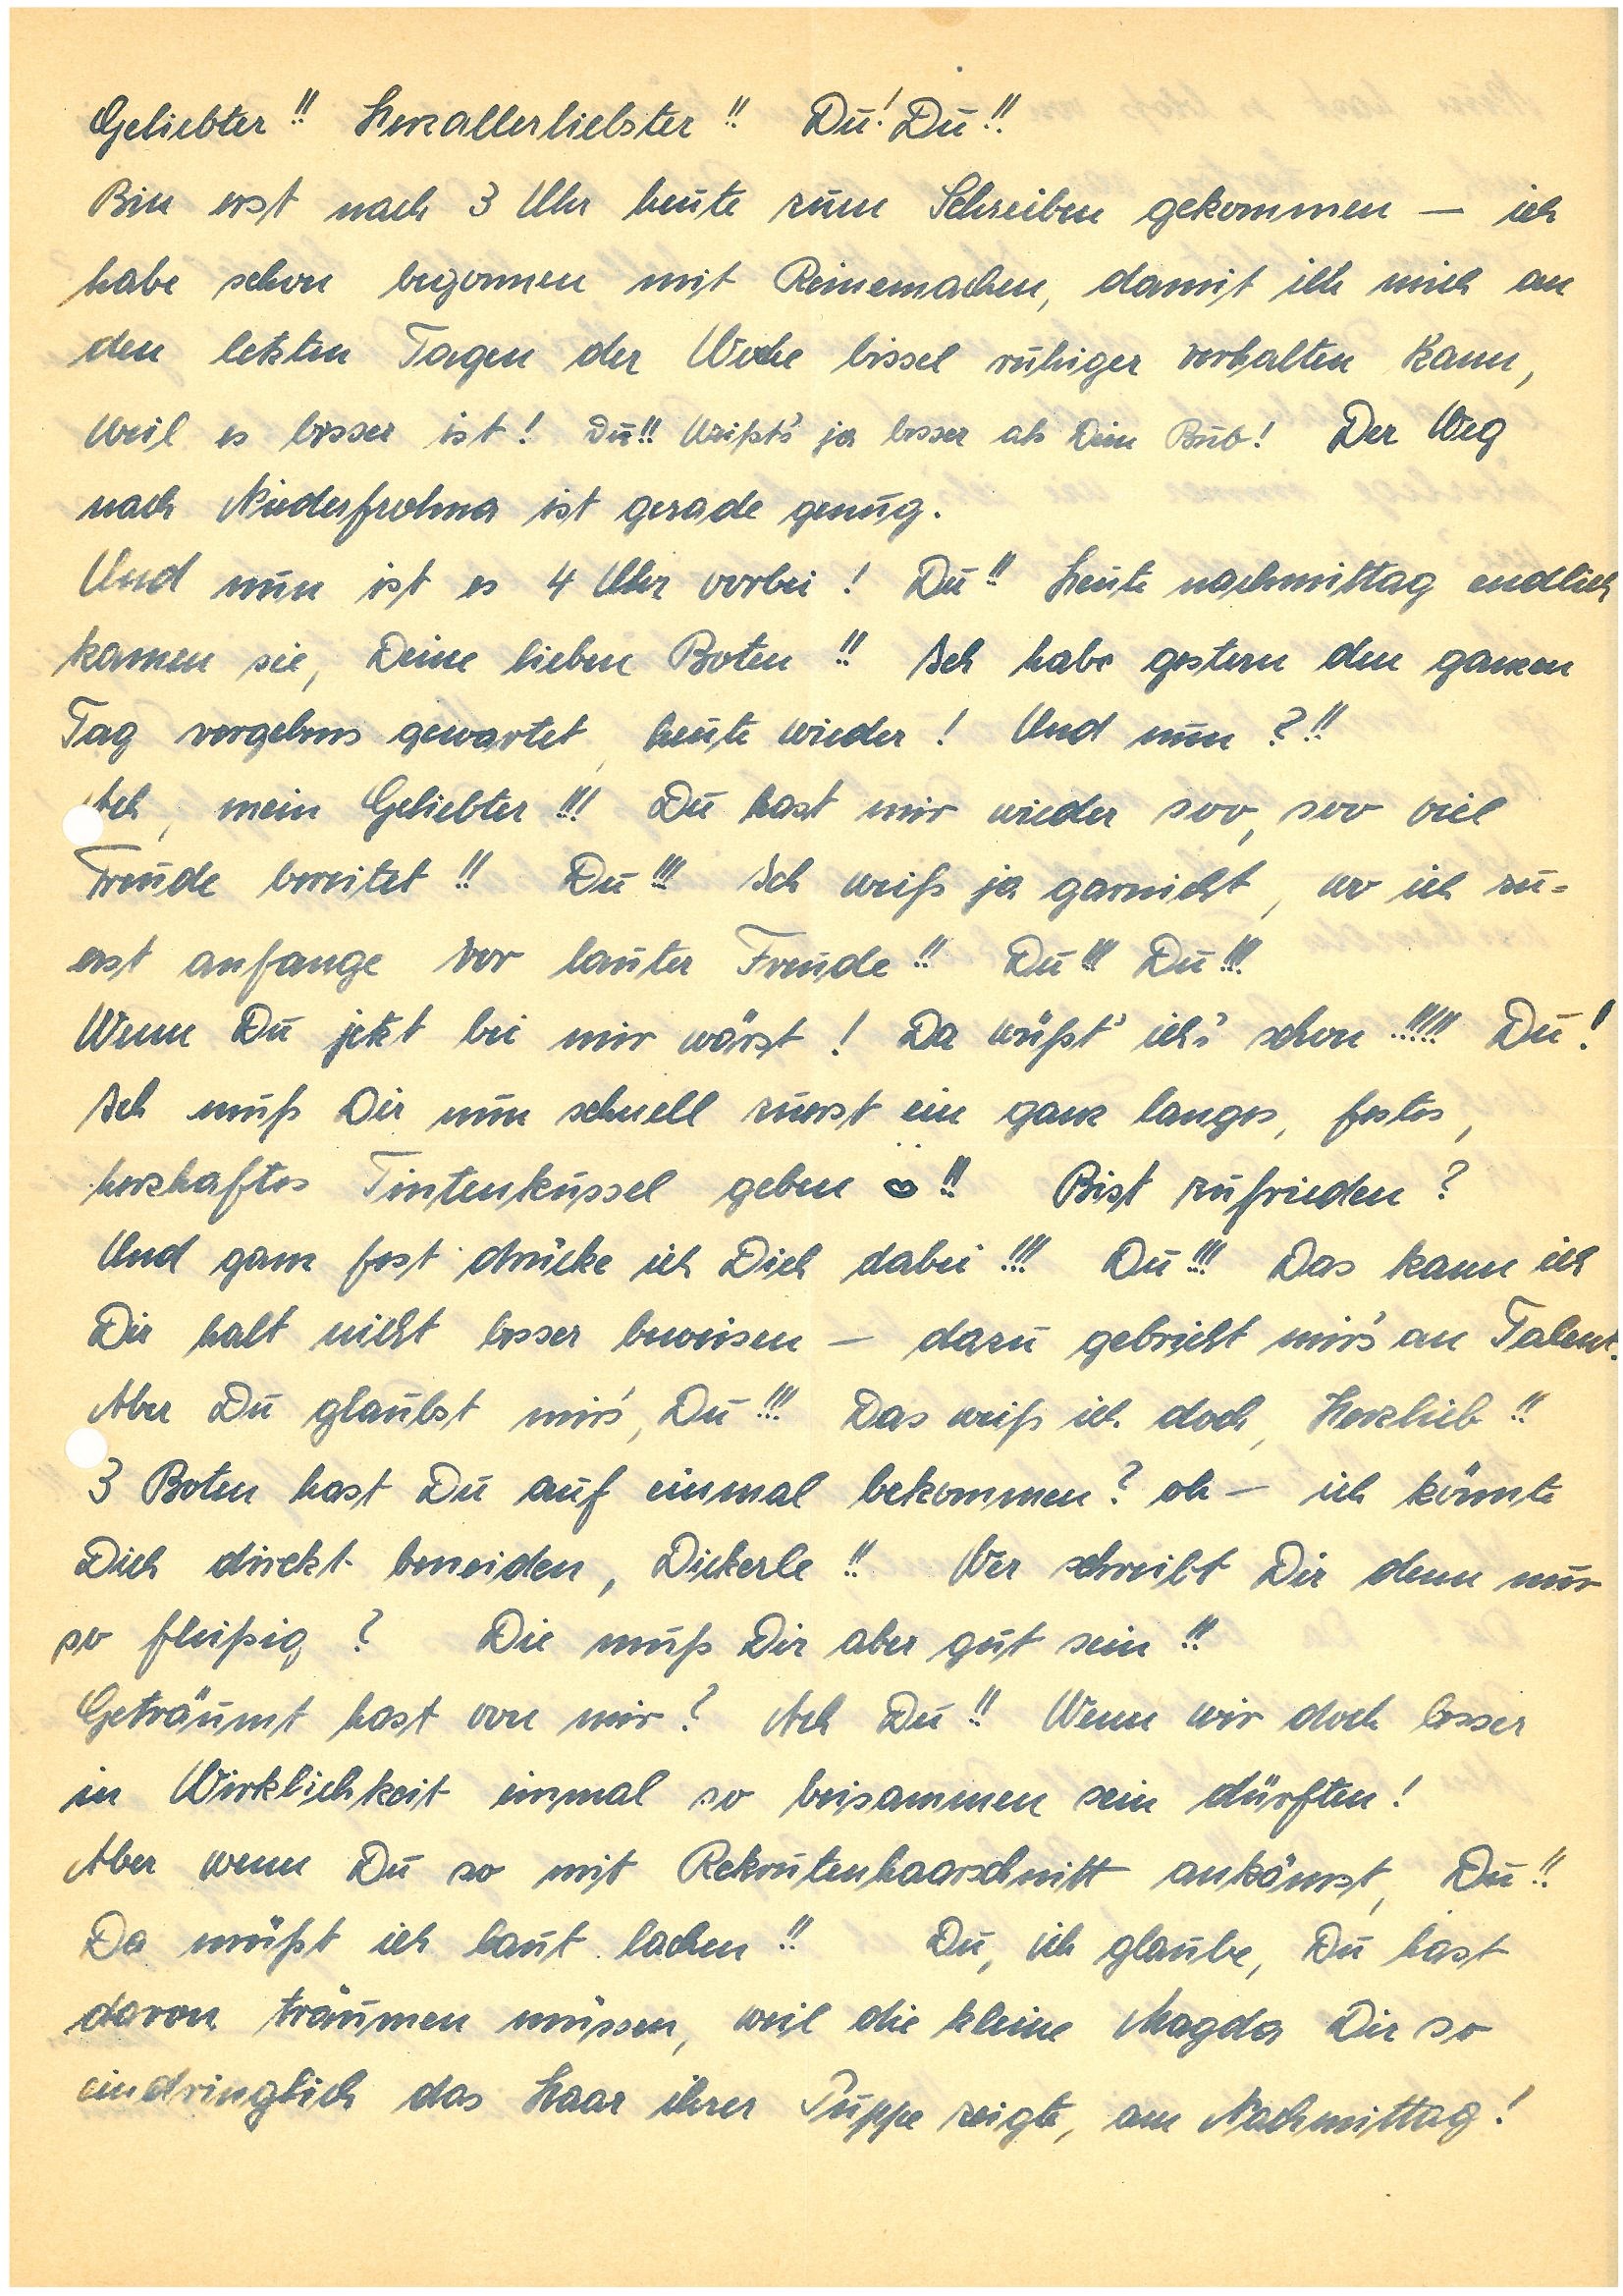
Geliebter!! Herzallerliebster!! Du! Du!!
Bin erst nach 3 Uhr heute zum Schreiben gekommen – ich
habe schon begonnen mit Reinemachen, damit ich mich an
den letzten Tagen der Woche bissel ruhiger verhalten kann,
weil es besser ist! Du!! Weißt’s ja besser als Dein Bub! Der Weg
nach N. ist gerade genug.
Und nun ist es 4 Uhr vorbei! Du!! Heute nachmittag endlich
kamen sie, Dein lieben Boten!! Ich habe gestern den ganzen
Tag vergebens gewartet, heute wieder! Und nun?!!
ch, mein Geliebter!!! Du hast mir wieder soo, soo viel
Freude bereitet!! Du!!! Ich weiß garnicht, wo ich zu¬
erst anfange vor lauter Freude!! Du!!! Du!!!
Wenn Du jetzt bei mir wärst! Da wüßt’ ich’s schon!!!!! Du!
Ich muss dir nun schnell zuerst ein ganz langes, festes,
herzhaftes Tintenkussel geben ♥!! Bist zufrieden?
Und ganz fest drücke ich Dich dabei!!! Du!!! Das kann ich
Dir halt nicht besser beweisen – dazu gebricht mir’s an Talent.
Aber Du glaubst mir’s, Du!!! Das weiß ich doch, Herzlieb!!
3 Boten hast Du auf einmal bekommen? oh – ich könnte
Dich direkt beneiden, Dickerle!! Wer schreibt Dir denn nur
so fleißig? Die muß Dir aber gut sein!!
Geträumt hast von mir? Ach Du!! Wenn wir doch besser
in Wirklichkeit einmal so beisammen sein dürften!
Aber wenn Du so mit Rekrutenhaarschnitt ankämst, Du!!
Da müßt ich laut lachen!! Du, ich glaube, Du hast
davon träumen müssen, weil die kleine Magda Dir so
eindringlich das Haar ihrer Puppe zeigte, am Nachmittag!